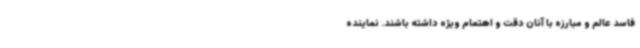
فاسد عالم و مبارزه با آنان دقت و اهتمام ویژه داشته باشند. نماینده